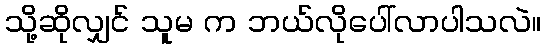
သို့ဆိုလျှင် သူမ က ဘယ်လိုပေါ်လာပါသလဲ။